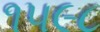
૧૫૯૮